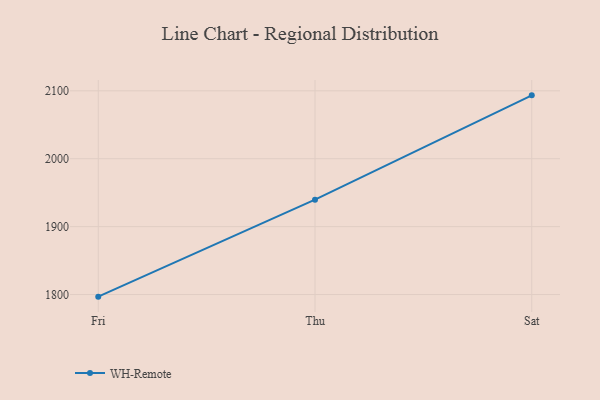
{"axis": {"x": "Day", "y": "Inventory Turnover"}, "legend": ["WH-Remote"], "data": [{"x": "Fri", "y": 1796.9, "type": "WH-Remote"}, {"x": "Thu", "y": 1939.7, "type": "WH-Remote"}, {"x": "Sat", "y": 2093.3, "type": "WH-Remote"}]}